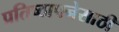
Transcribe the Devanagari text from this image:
प्रतिष्ठापनेसाठी